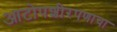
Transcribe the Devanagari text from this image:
आटोपशीरपणाचा